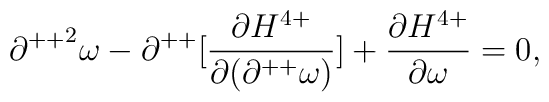
{\partial^{++}}^2\omega - \partial^{++}[\frac{\partial H^{4+}}{\partial(\partial^{++}\omega)}]+\frac{\partial H^{4+}}{\partial \omega}=0,